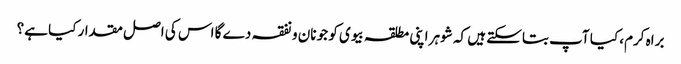
براہ کرم، کیا آپ بتاسکتے ہیں کہ شوہر اپنی مطلقہ بیوی کو جو نان و نفقہ دے گا اس کی اصل مقدار کیا ہے؟